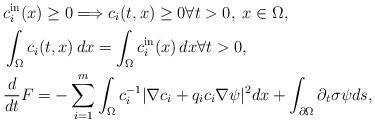
LaTeX: \begin{align*}& c_i^{\rm in}(x) \geq 0 \Longrightarrow c_i(t, x) \geq 0 \forall t>0, \; x\in \Omega,\\& \int_{\Omega} c_i(t,x)\,dx=\int_{\Omega} c_i^{\rm in}(x)\,dx \forall t>0,\\& \frac{d}{dt} F = -\sum_{i=1}^m \int_{\Omega} c_i^{-1}|\nabla c_i +q_ic_i \nabla \psi|^2 dx +\int_{\partial \Omega} \partial_t \sigma \psi ds,\end{align*}